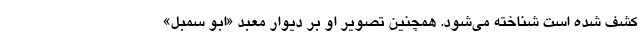
کشف شده است شناخته می‌شود. همچنین تصویر او بر دیوار معبد «ابو سمبل»